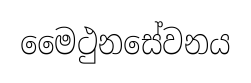
මෛථුනසේවනය